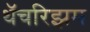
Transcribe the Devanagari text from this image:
थॅचरिझम